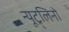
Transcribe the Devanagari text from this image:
न्यूट्र्लिनो